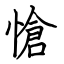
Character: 愴